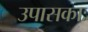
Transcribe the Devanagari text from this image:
उपासकाः